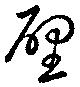
壁